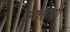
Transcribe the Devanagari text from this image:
मखलाशी